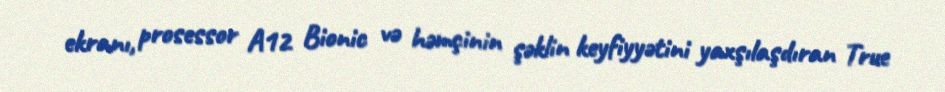
ekranı, prosessor A12 Bionic və həmçinin şəklin keyfiyyətini yaxşılaşdıran True